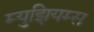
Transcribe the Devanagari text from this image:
म्‍युझियम्‍स